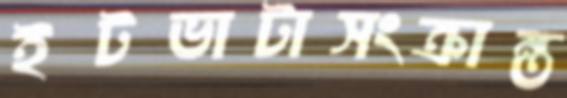
ইটভাটাসংক্রান্ত